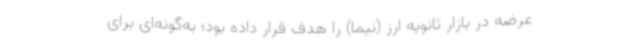
عرضه در بازار ثانویه ارز (نیما) را هدف قرار داده بود؛ به‌گونه‌ای برای